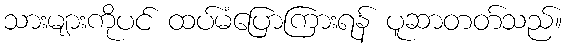
သားများကိုပင် ထပ်မံပြောကြားရန် ပူဆာတတ်သည်။